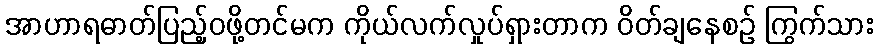
အာဟာရဓာတ်ပြည့်ဝဖို့တင်မက ကိုယ်လက်လှုပ်ရှားတာက ဝိတ်ချနေစဉ် ကြွက်သား